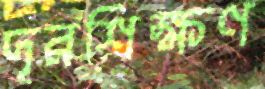
দূরশিক্ষণ